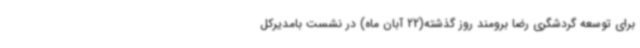
برای توسعه گردشگری رضا برومند روز گذشته(22 آبان ماه) در نشست بامدیرکل